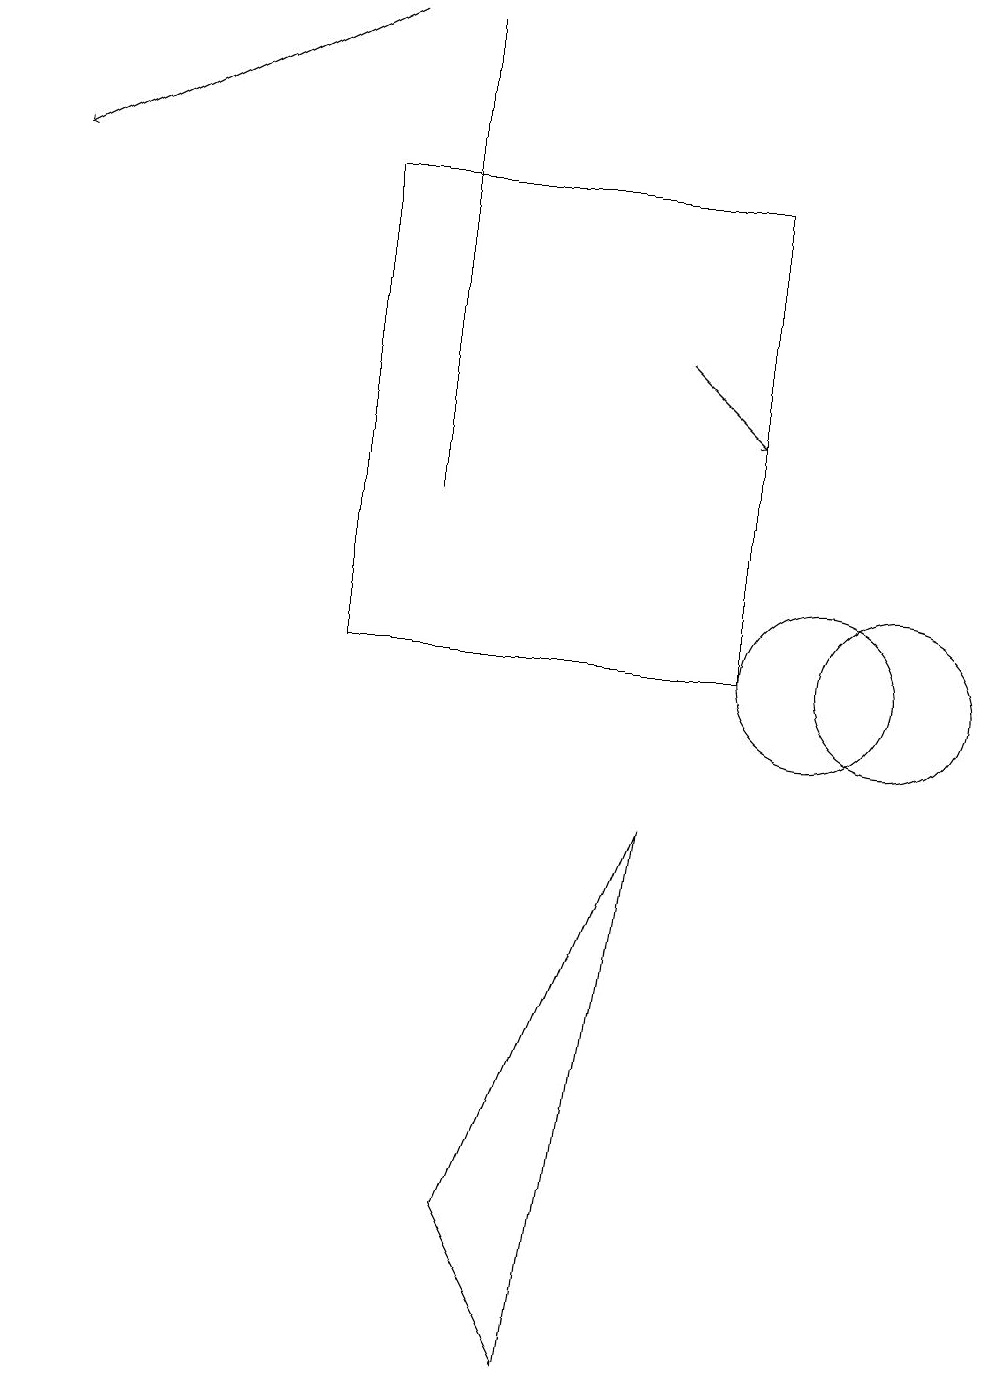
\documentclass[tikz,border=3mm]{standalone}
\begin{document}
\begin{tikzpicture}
\draw[->] (8,15) -- (9,14);
\draw (6,4) -- (8,9) -- (7,2) -- cycle;
\draw (4,11) rectangle (9,17);
\draw[->] (4,19) -- (0,17);
\draw (5,19) rectangle (5,13);
\draw (11,11) circle (1);
\draw (10,11) circle (1);
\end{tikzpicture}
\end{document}